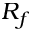
R _ { f }